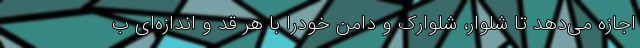
اجازه می‌دهد تا شلوار، شلوارک و دامن خودرا با هر قد و اندازه‌ای ب